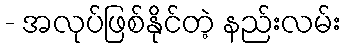
- အလုပ်ဖြစ်နိုင်တဲ့ နည်းလမ်း